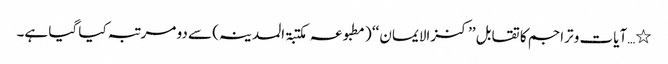
٭…آیات و تراجم کا تقابل ’’ کنزالایمان ‘‘ ( مطبو عہ مکتبۃ المدینہ) سے دو مرتبہ کیا گیا ہے۔